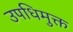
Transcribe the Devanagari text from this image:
उपधिमुक्त